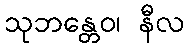
သုဘန္တေဝ၊ နီလ